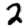
Digit: 2